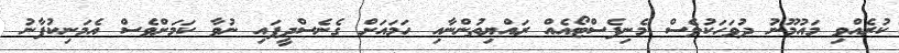
ކުރެއްވި މައުމޫނު ދުވަހަކުވެސް މެނިފެސްޓޯއެއް ރައްޔިތުންނާއި ހަމައަށް ގެނެސްދީފައި ނުވާ ކަމަށްވެސް އެމަނިކުފާނު